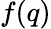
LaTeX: f(q)